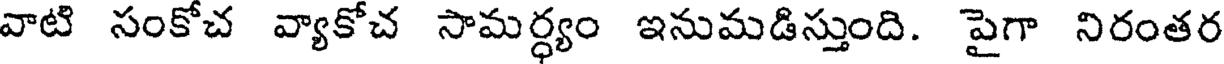
వాటి సంకోచ వ్యాకోచ సామర్ధ్యం ఇనుమడిస్తుంది. పైగా నిరంతర